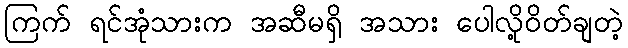
ကြက် ရင်အုံသားက အဆီမရှိ အသား ပေါလို့ဝိတ်ချတဲ့